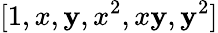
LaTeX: [1,x,\mathbf{y},x^{2},x\mathbf{y},\mathbf{y}^{2}]